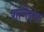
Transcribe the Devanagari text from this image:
प्राणिदया